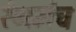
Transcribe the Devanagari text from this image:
रंगमंंच